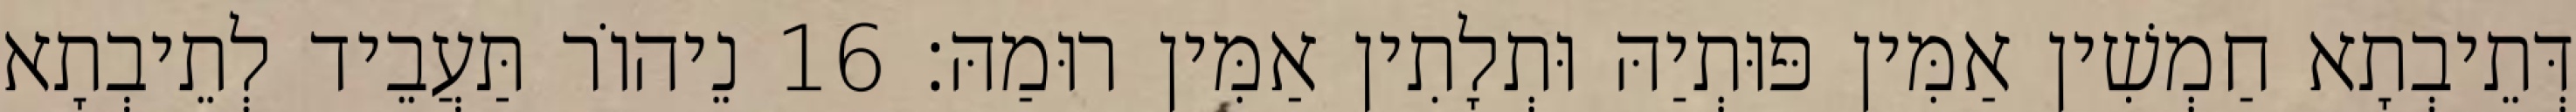
דְּתֵיבְתָא חַמְשִׁין אַמִּין פּוּתְיַהּ וּתְלָתִין אַמִּין רוּמַהּ׃ 16 נֵיהוֹר תַּעֲבֵיד לְתֵיבְתָא